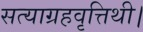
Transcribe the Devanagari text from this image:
सत्याग्रहवृत्तिथी।